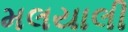
મલયાલી